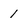
Character: 1